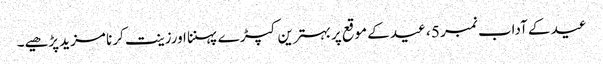
عید کے آداب نمبر 5 ، ﻿عید کے موقع پربہترین کپڑ ے پہننا اورزینت کرنا مزید پڑھیے۔